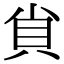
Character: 𧴪